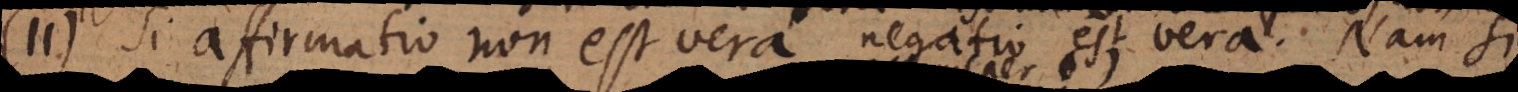
11) Si affirmatio non est vera negatio est vera. Nam si